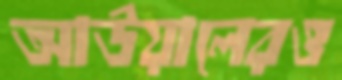
আউয়ালেরও